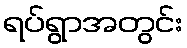
ရပ်ရွာအတွင်း